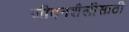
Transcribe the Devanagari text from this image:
जीवनशैलीसाठी